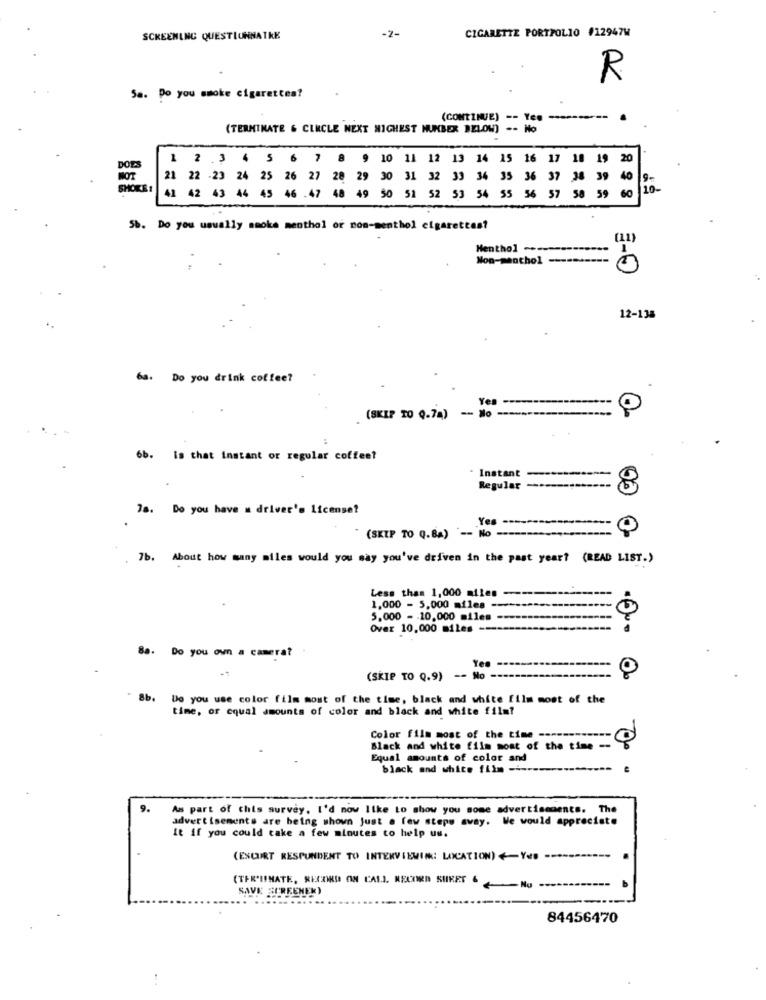
CIGARETTE PORTFOLIO #12947W
SCREENING QUESTIONNATKK
-2-
R
Sa. Do you smoke cigarettes?
(CONTINUE) -- Yes
(TERMINATE & CIRCLE NEXT HIGHEST NUMBER BELOW) -- Ho
1 2 .3 4 5 6 7 8 9 10 11 12 13 14 15 16 17
10
19 20
DOES
NOT
21 22 -23 24 25 26 27 28 29 30 31 32 33 34 35 36 37
38 39
40
SMOKE :
56
57
59
60
10-
41 42 43 44 45 46 .47 48 49 50 51 52 53 54
55
5b. Do you usually smoke menthol or non-menthol cigarettes?
Menthol -.--
Non-menthol -----
E-0
12-138
6a. Do you drink coffee?
Yes
(SKIP TO Q.74) -- No
6b. Is that instant or regular coffee?
Instant
Regular
8
78. Do you have a driver's license?
Yes
O
(SKIP TO Q.Ba) -- No
. 7b. About how many miles would you say you've driven in the past year? (READ LIST.)
Less than 1,000 miles ----------------
1,000 - 5,000 miles ----
5.000 - 10,000 miles --
Over 10,000 miles -------------------
8a. Do you own a camera?
(SKIP TO Q.9)
-- No-
8b.
Do you use color film most of the time, black and white film most of the
time, or cqual amounts of color and black and white film?
Color film most of the time -----
Black and white film most of the time --
Equal amounts of color and
black and white film --------.
As part of this survey. I'd now like to show you some advertisements. The
advertisements are being shown Just a few steps away. We would appreciate
it if you could take a few minutes to help us.
(ESCORT RESPONDENT TO INTERVIEWIN: LOCATION) <- YOU --
.
(TER'IINATE, RECORD ON CALL RECORD SURET &
SAVE SURFENER)
84456470